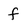
Character: f